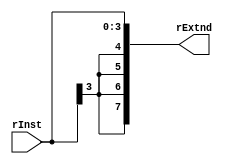
module ExtnSinal2(
    input [3:0] rInst,
    output [7:0] rExtnd
);
    reg [0:7] regout;
    always @(rInst or rExtnd)
    begin
        regout = {{4{rInst[3]}}, rInst[3:0]};
    end
    assign rExtnd = regout;

endmodule